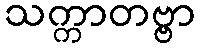
သက္ကာတဗ္ဗာ